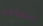
يتفاخر